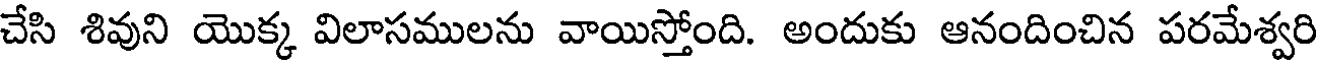
చేసి శివుని యొక్క విలాసములను వాయిస్తోంది. అందుకు ఆనందించిన పరమేశ్వరి